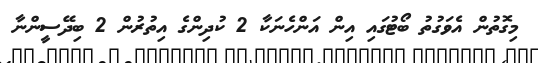
މިގޮތުން އެވަގުތު ބޯޓުގައި އިން އަންހެނަކާ 2 ކުދިންގެ އިތުރުން 2 ބިދޭސީންނާ